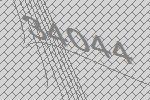
34044